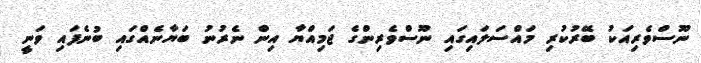
ނޫސްވެރިއަކު ބޭރުކުރި މައްސަލައިގައި ނޫސްވެރިންގެ ޖަމިއްޔާ އިން ނެރުނު ބަޔާނެއްގައި ބުނެފައި ވަނީ